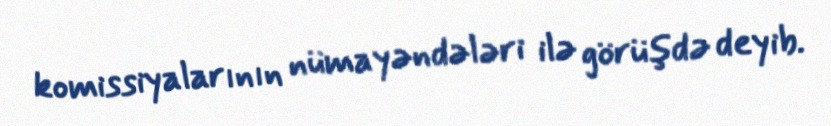
komissiyalarının nümayəndələri ilə görüşdə deyib.